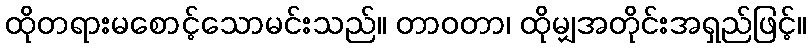
ထိုတရားမစောင့်သောမင်းသည်။ တာဝတာ၊ ထိုမျှအတိုင်းအရှည်ဖြင့်။